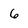
Character: 6